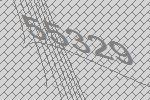
55329